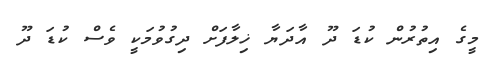
މީގެ އިތުރުން ކުޑަ ދޫ އާދަޔާ ޚިލާފަށް ދިގުވުމަކީ ވެސް ކުޑަ ދޫ